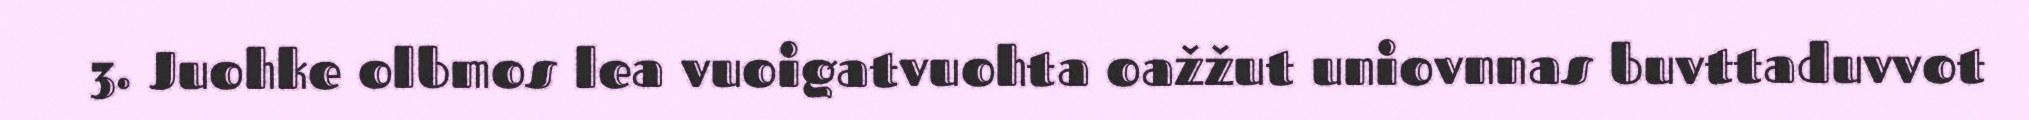
3. Juohke olbmos lea vuoigatvuohta oažžut uniovnnas buvttaduvvot